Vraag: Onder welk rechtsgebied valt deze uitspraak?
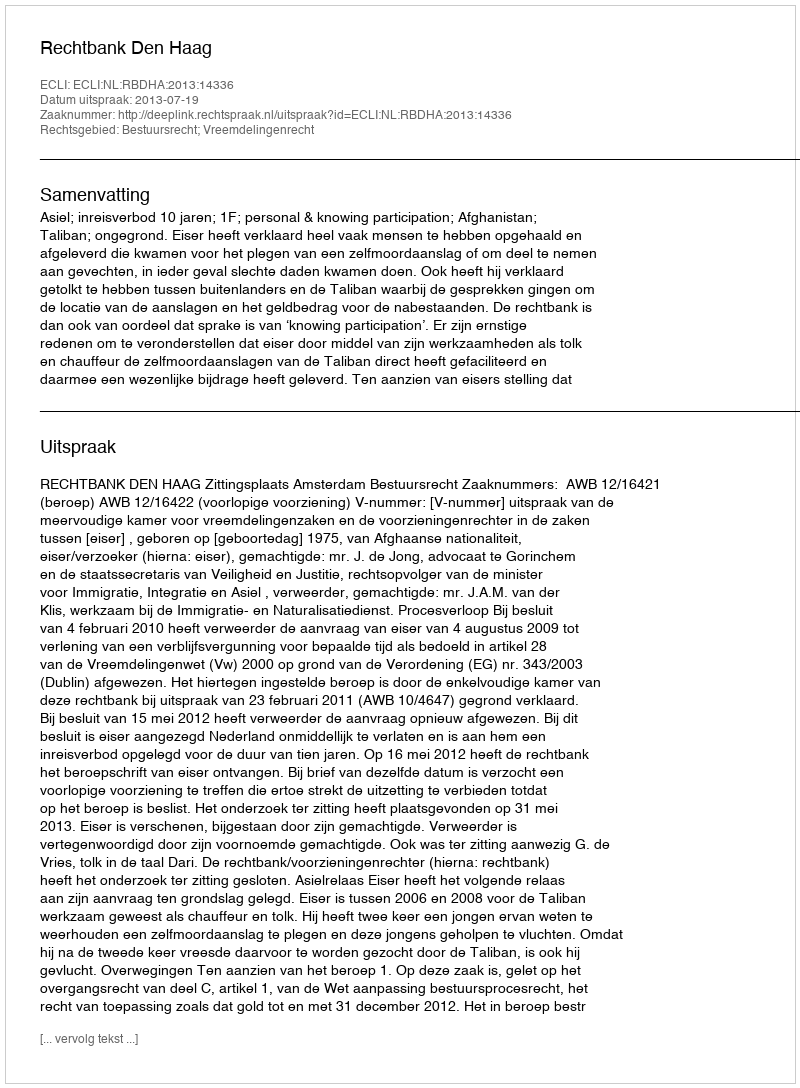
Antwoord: Bestuursrecht; Vreemdelingenrecht